Annual report of the Punjab Veterinary College and of the Civil Veterinary Department, Punjab - 1926-1932
Year: 1926
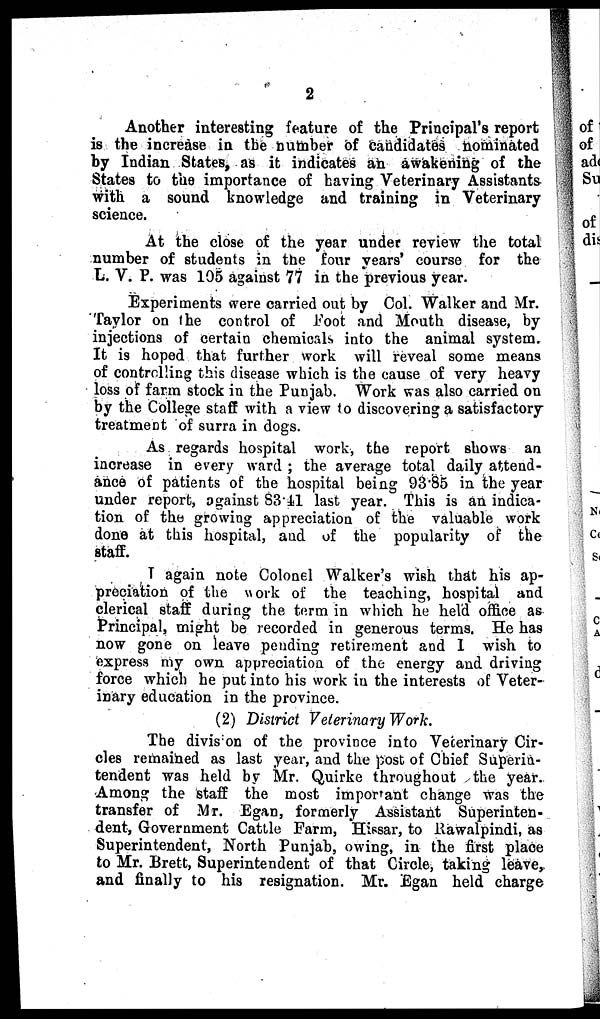
2
Another interesting feature of the Principal's report
is the increase in the number of candidates nominated
by Indian States, as it indicates an awakening of the
States to the importance of having Veterinary Assistants
with a sound knowledge and training in Veterinary
science.
At the close of the year under review the total
number of students in the four years' course for the
L. V. P. was 105 against 77 in the previous year.
Experiments were carried out by Col. Walker and Mr.
Taylor on the control of Foot and Mouth disease, by
injections of certain chemicals into the animal system.
It is hoped that further work will reveal some means
of controlling this disease which is the cause of very heavy
loss of farm stock in the Punjab. Work was also carried on
by the College staff with a view to discovering a satisfactory
treatment of surra in dogs.
As regards hospital work, the report shows an
increase in every ward; the average total daily attend-
ance of patients of the hospital being 93.85 in the year
under report, against 83.41 last year. This is an indica-
tion of the growing appreciation of the valuable work
done at this hospital, and of the popularity of the
staff.
I again note Colonel Walker's wish that his ap-
preciation of the work of the teaching, hospital and
clerical staff during the term in which he held office as
Principal, might be recorded in generous terms. He has
now gone on leave pending retirement and I wish to
express my own appreciation of the energy and driving
force which he put into his work in the interests of Veter-
inary education in the province.
(2) District Veterinary Work.
The divis on of the province into Veterinary Cir-
cles remained as last year, and the post of Chief Superin-
tendent was held by Mr. Quirke throughout the year.
Among the staff the most important change was the
transfer of Mr. Egan, formerly Assistant Superinten-
dent, Government Cattle Farm, Hissar, to Rawalpindi, as
Superintendent, North Punjab, owing, in the first place
to Mr. Brett, Superintendent of that Circle, taking leave„
and finally to his resignation. Mr. Egan held charge